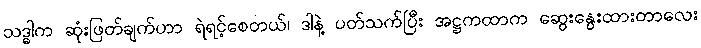
သဒ္ဓါက ဆုံးဖြတ်ချက်ဟာ ရဲရင့်စေတယ်၊ ဒါနဲ့ ပတ်သက်ပြီး အဋ္ဌကထာက ဆွေးနွေးထားတာလေး